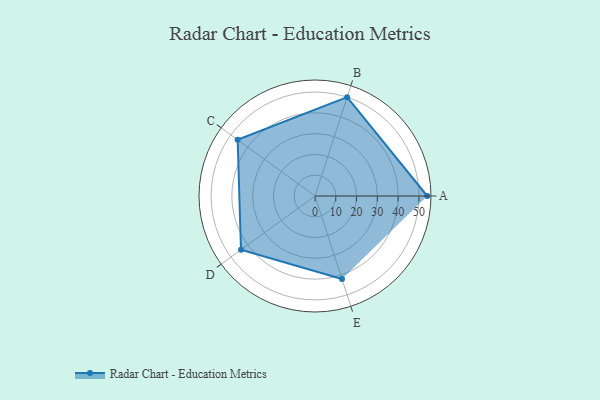
{"axis": {"x": "Skill", "y": "Score"}, "legend": ["Profile"], "data": [{"x": "A", "y": 54.0, "type": "Profile"}, {"x": "B", "y": 50.0, "type": "Profile"}, {"x": "C", "y": 46.0, "type": "Profile"}, {"x": "D", "y": 44.0, "type": "Profile"}, {"x": "E", "y": 42.0, "type": "Profile"}]}